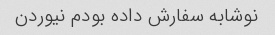
نوشابه سفارش داده بودم نیوردن